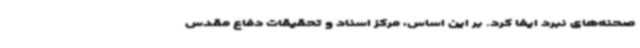
صحنه‌های نبرد ایفا کرد. بر این اساس، مرکز اسناد و تحقیقات دفاع مقدس